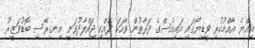
އިއްޔެ އާއްމުކުރި ވީޑިޔޯގައި އައިއެސްގެ ފަރާތުން ވާހަކަ ދެއްކި ޖައްލާދުވަނީ އިނގިރޭސި ބޮޑުވަޒީރު